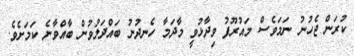
ކުރަން ޖެހުނު ނަމަވެސް މައުރޫފު ވިދާޅުވީ މާދަމާ ހެނދުނު ބައްދަލުވުން ބާއްވާނެ ކަމަށެވެ.